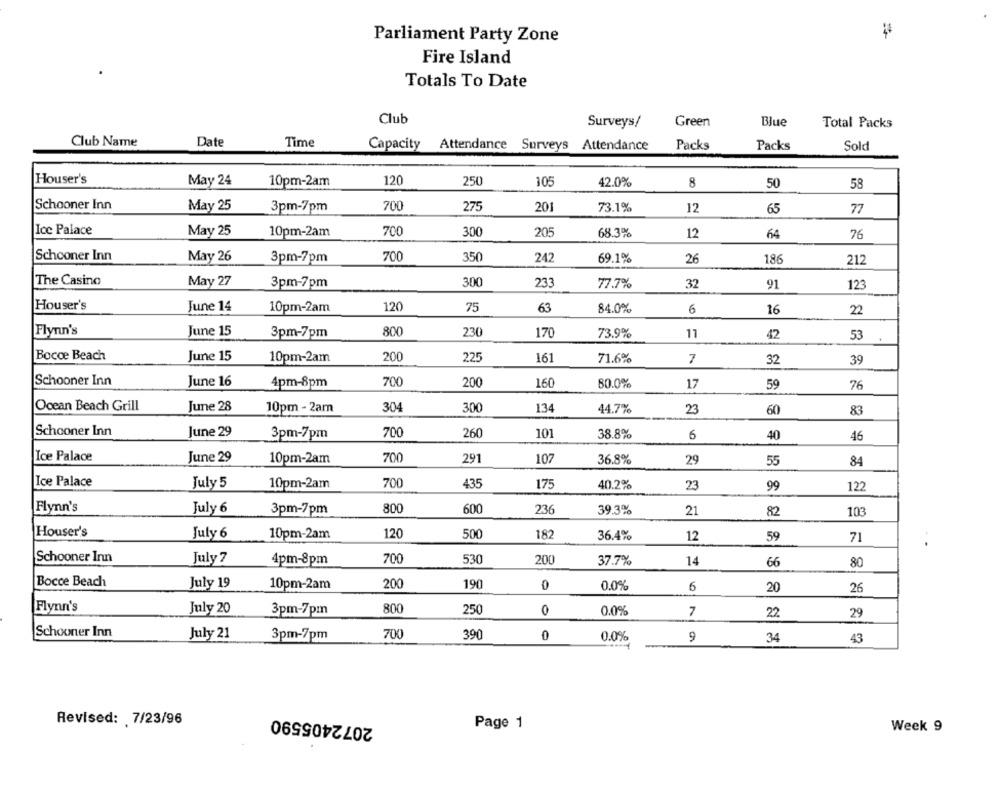
Parliament Party Zone
Fire Island
Totals To Date
Club
Surveys/
Green
Blue
Total Packs
Club Name
Date
Time
Capacity
Attendance Surveys Attendance
Packs
Packs
Sold
Houser's
May 24
10pm-2am
120
250
105
42.0%
50
8
58
Schooner Inn
700
275
201
73.1%
May 25
3pm-7pm
12
65
77
Ice Palace
May 25
10pm-2am
700
300
205
68.3%
12
64
76
Schooner Inn
May 26
3pm-7pm
700
350
242
69.1%
26
186
212
The Casino
May 27
3pm-7pm
300
233
77.7%
32
91
123
Houser's
June 14
10pm-2am
120
75
63
84.0%
6
16
22
Flynn's
June 15
3pm-7pm
800
230
170
73.9%
11
42
53
Bocce Beach
June 15
200
225
10pm-2am
161
71.6%
7
32
39
Schooner Inn
June 16
4pm-8pm
700
200
160
80.0%
17
59
76
Ocean Beach Grill
June 28
10pm - 2am
304
300
134
44.7%
23
60
83
Schooner Inn
June 29
3pm-7pm
700
260
101
38.8%
6
40
46
Ice Palace
June 29
10pm-2am
700
291
107
36.8%
29
55
84
Ice Palace
700
July 5
10pm-2am
435
175
40.2%
23
99
122
Flynn's
July 6
3pm-7pm
800
600
236
39.3%
21
82
103
Houser's
July 6
10pm-2am
120
500
182
36.4%
12
59
71
..
Schooner Inn
July 7
4pm-8pm
700
530
200
37.7%
14
66
80
Bocce Beach
July 19
10pm-2am
200
190
0
0.0%
6
20
26
Flynn's
July 20
800
250
O
3pm-7pm
0.0%
7
22
29
700
Schooner Inn
July 21
3pm-7pm
390
0
0.0%
9
34
43
2072405590
Revised: 7/23/96
Page 1
Week 9